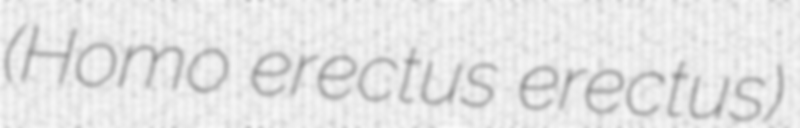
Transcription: (Homo erectus erectus)